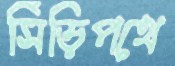
সিঁড়িপথে